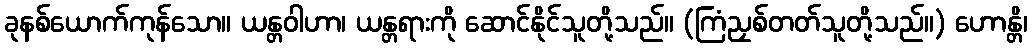
ခုနစ်ယောက်ကုန်သော။ ယန္တဝါဟာ၊ ယန္တရားကို ဆောင်နိုင်သူတို့သည်။ (ကြံညှစ်တတ်သူတို့သည်။) ဟောန္တိ၊